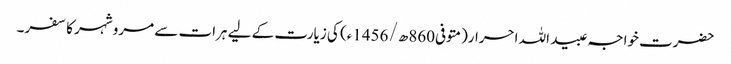
حضرت خواجہ عبید اللہ احرار(متوفی860ھ/ 1456ء) کی زیارت کے لیے ہرات سے مرو شہر کا سفر۔